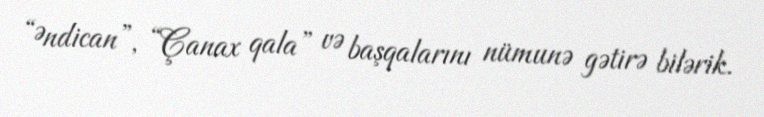
“Əndican”, “Çanax qala” və başqalarını nümunə gətirə bilərik.